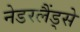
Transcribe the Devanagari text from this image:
नेडरलैंड्से